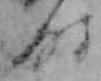
時